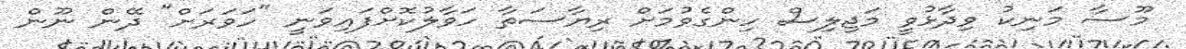
މޫސާ މަނިކު ވިދާޅުވީ މަޖިލިސް ހިންގެވުމަށް ރިޔާސަތާ ހަވާލުކޮށްފައިވަނީ "ހަވަރަށް" ދޭން ނޫން